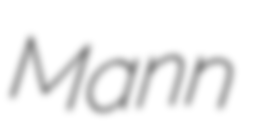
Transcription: Mann